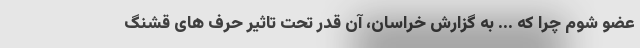
عضو شوم چرا که ... به گزارش خراسان، آن قدر تحت تاثیر حرف های قشنگ